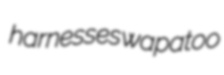
harnesses wapatoo